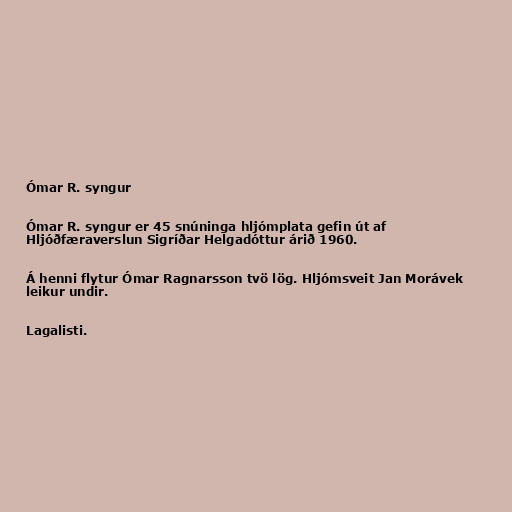
Ómar R. syngur

Ómar R. syngur er 45 snúninga hljómplata gefin út af
Hljóðfæraverslun Sigríðar Helgadóttur árið 1960.

Á henni flytur Ómar Ragnarsson tvö lög. Hljómsveit Jan Morávek
leikur undir.

Lagalisti.